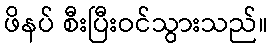
ဖိနပ် စီးပြီးဝင်သွားသည်။